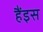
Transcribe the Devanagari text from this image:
हैंइस